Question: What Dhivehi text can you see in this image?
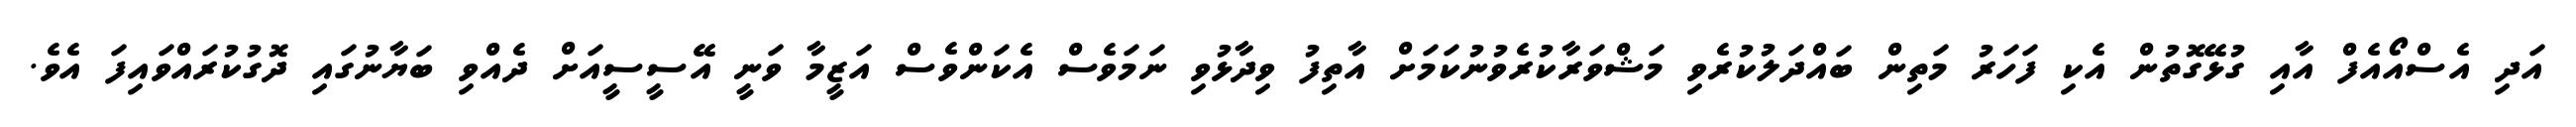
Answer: އަދި އެސްއޯއެފް އާއި ގުޅޭގޮތުން އެކި ފަހަރު މަތިން ބައްދަލުކުރެވި މަޝްވަރާކުރެވުނުކަމަށް އާތިފު ވިދާޅުވި ނަމަވެސް އެކަންވެސް އަޒީމާ ވަނީ އޭސީސީއަށް ދެއްވި ބަޔާނުގައި ދޮގުކުރައްވައިފަ އެވެ.